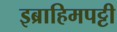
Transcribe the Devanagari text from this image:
इब्राहिमपट्टी